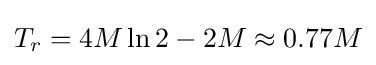
T_{r}=4M\ln 2-2M\approx 0.77M